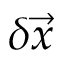
\delta \vec { x }